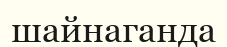
шайнаганда